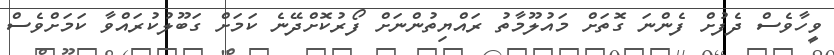
ވީހާވެސް ދެފުށް ފެންނަ ގޮތަށް މައުލޫމާތު ރައްޔިތުންނަށް ފޯރުކޮށްދޭނެ ކަމަށް ގަބޫލުކުރައްވާ ކަމަށްވެސް